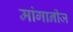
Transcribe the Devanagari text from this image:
मांगानीज